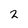
Character: 2